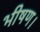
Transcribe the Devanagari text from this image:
भीषण।